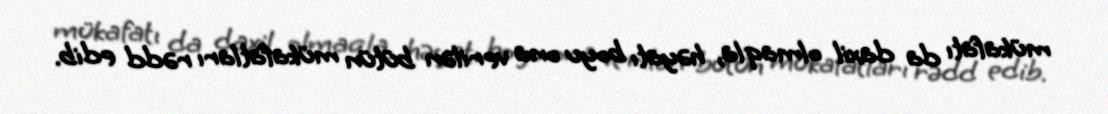
mükafatı da daxil olmaqla, həyatı boyu ona verilən bütün mükafatları rədd edib.